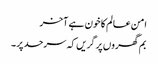
امن عالم کا خون ہے آخر
بم گھروں پر گریں کہ سرحد پر ۔